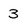
Character: 3